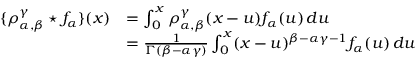
\begin{array} { r l } { \{ \rho _ { \alpha , \beta } ^ { \gamma } \star f _ { \alpha } \} ( x ) } & { = \int _ { 0 } ^ { x } \rho _ { \alpha , \beta } ^ { \gamma } ( x - u ) f _ { \alpha } ( u ) \, d u } \\ & { = \frac { 1 } { \Gamma ( \beta - \alpha \gamma ) } \int _ { 0 } ^ { x } ( x - u ) ^ { \beta - \alpha \gamma - 1 } f _ { \alpha } ( u ) \, d u } \end{array}